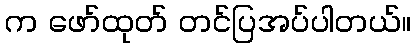
က ဖော်ထုတ် တင်ပြအပ်ပါတယ်။